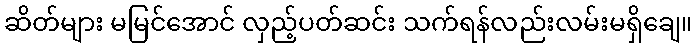
ဆိတ်များ မမြင်အောင် လှည့်ပတ်ဆင်း သက်ရန်လည်းလမ်းမရှိချေ။